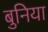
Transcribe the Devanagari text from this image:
बुनिया